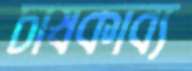
চাষকাব্য